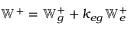
\mathbb { W } ^ { + } = \mathbb { W } _ { g } ^ { + } + k _ { e g } \mathbb { W } _ { e } ^ { + }